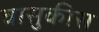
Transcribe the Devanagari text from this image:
वासुकीस